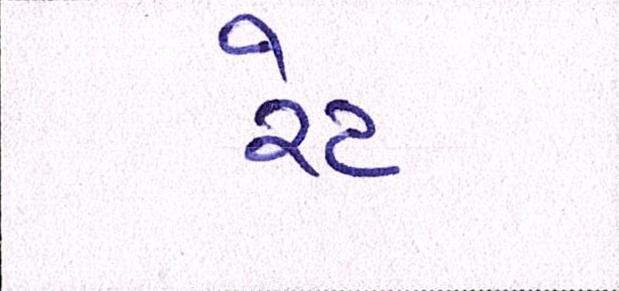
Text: રેટ